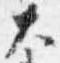
大